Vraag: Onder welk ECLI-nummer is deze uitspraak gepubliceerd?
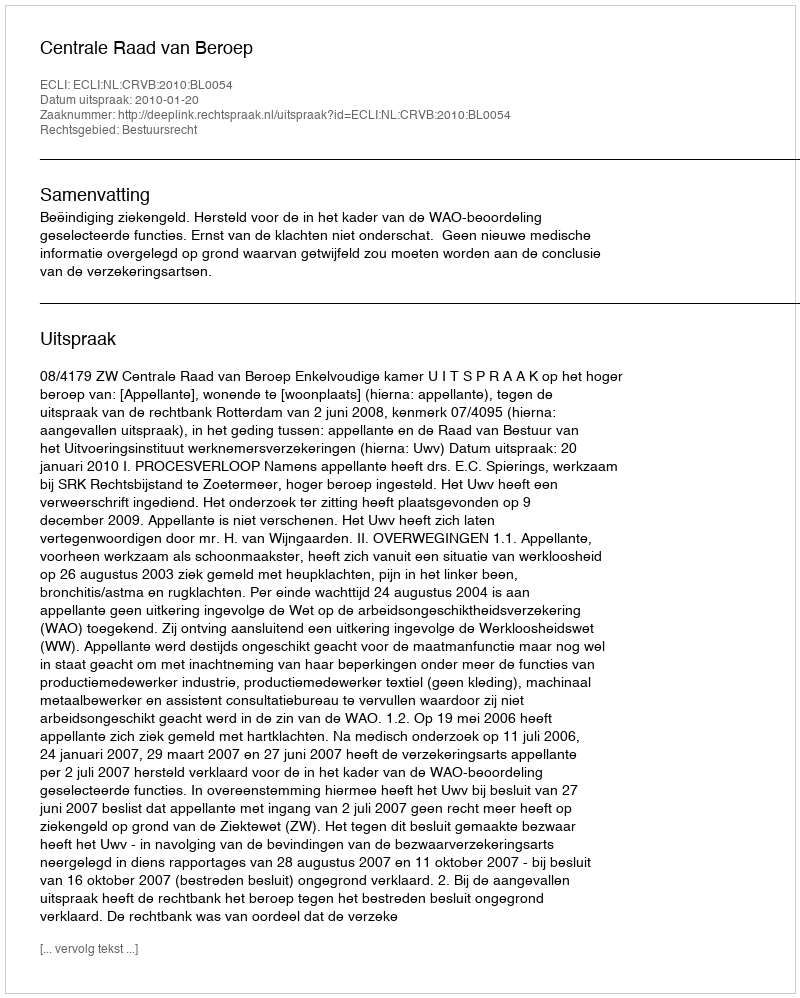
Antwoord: ECLI:NL:CRVB:2010:BL0054